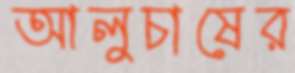
আলুচাষের